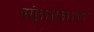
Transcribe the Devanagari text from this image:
संज्ञाप्रकरण